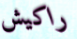
راكيش